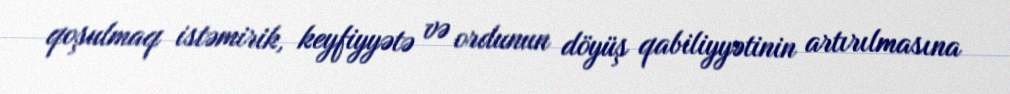
qoşulmaq istəmirik, keyfiyyətə və ordunun döyüş qabiliyyətinin artırılmasına